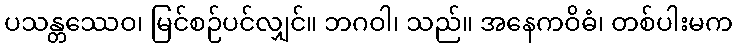
ပသန္တဿေဝ၊ မြင်စဉ်ပင်လျှင်။ ဘဂဝါ၊ သည်။ အနေကဝိဓံ၊ တစ်ပါးမက